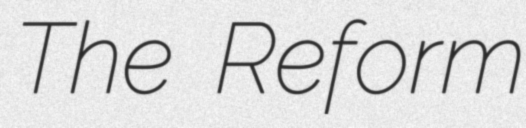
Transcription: The Reform